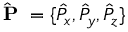
\hat { \mathrm { ~ \bf ~ P ~ } } = \{ \hat { P } _ { x } , \hat { P } _ { y } , \hat { P } _ { z } \}